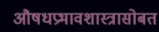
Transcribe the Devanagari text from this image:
औषधप्रभावशास्त्रासोबत